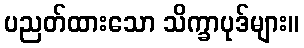
ပညတ်ထားသော သိက္ခာပုဒ်များ။